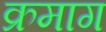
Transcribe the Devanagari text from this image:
क्रमाग